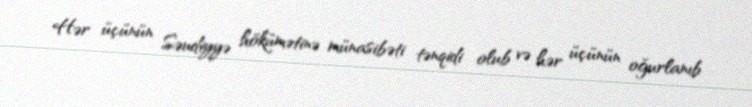
Hər üçünün Səudiyyə hökümətinə münasibəti tənqidi olub və hər üçünün oğurlanıb